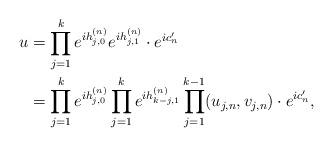
LaTeX: \begin{align*}u &=\prod_{j=1}^k e^{ih_{j,0}^{(n)}}e^{ih_{j,1}^{(n)}}\cdot e^{ic_n'}\\&=\prod_{j=1}^k e^{ih_{j,0}^{(n)}}\prod_{j=1}^k e^{ih_{k-j,1}^{(n)}}\prod_{j=1}^{k-1} (u_{j,n},v_{j,n})\cdot e^{ic_n'},\end{align*}